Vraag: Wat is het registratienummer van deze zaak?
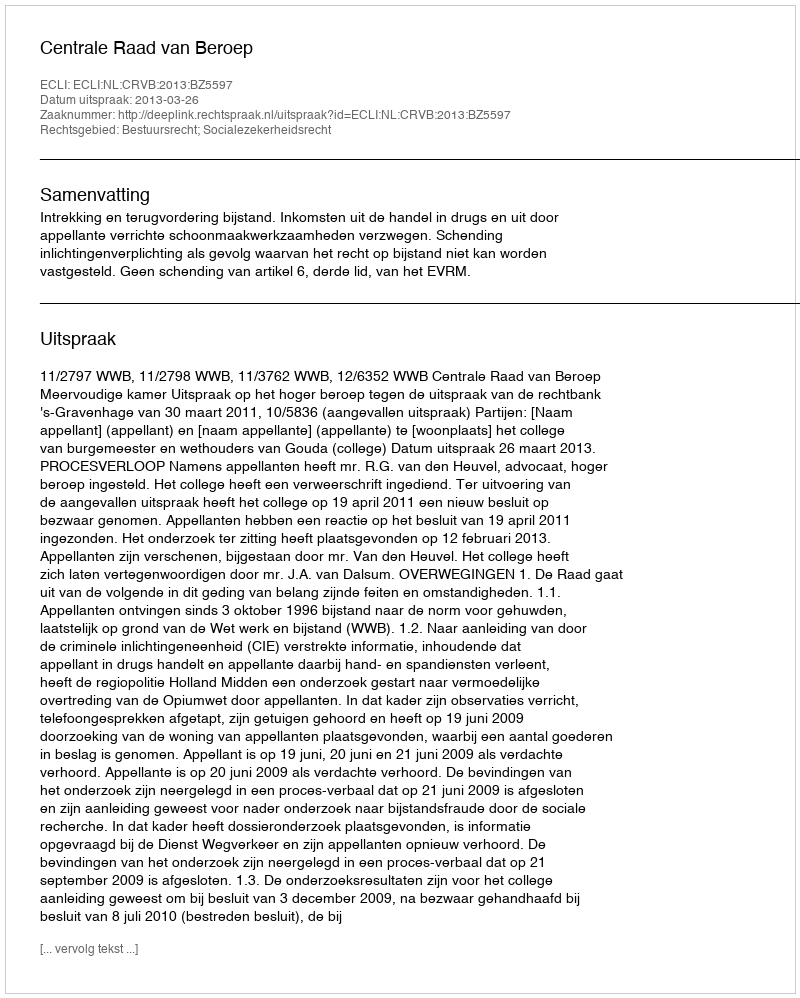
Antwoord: http://deeplink.rechtspraak.nl/uitspraak?id=ECLI:NL:CRVB:2013:BZ5597